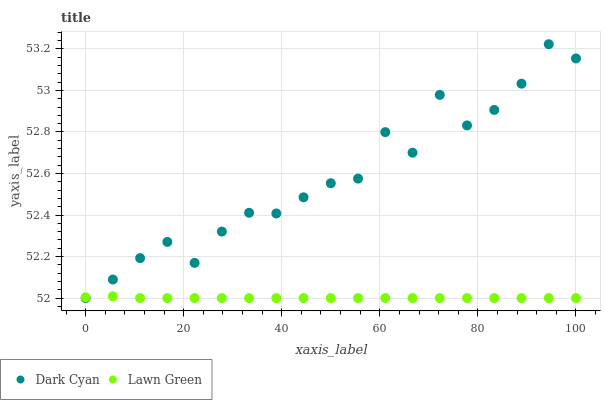
| xaxis_label | Dark Cyan | Lawn Green |
 | --- | --- | --- |
 | 0 | 52 | 52 |
 | 5.56 | 52.1 | 52 |
 | 11.1 | 52.2 | 52 |
 | 16.7 | 52.3 | 52 |
 | 22.2 | 52.2 | 52 |
 | 27.8 | 52.3 | 52 |
 | 33.3 | 52.4 | 52 |
 | 38.9 | 52.4 | 52 |
 | 44.4 | 52.5 | 52 |
 | 50 | 52.6 | 52 |
 | 55.6 | 52.6 | 52 |
 | 61.1 | 52.8 | 52 |
 | 66.7 | 52.7 | 52 |
 | 72.2 | 53 | 52 |
 | 77.8 | 52.8 | 52 |
 | 83.3 | 52.9 | 52 |
 | 88.9 | 53 | 52 |
 | 94.4 | 53.2 | 52 |
 | 100 | 53.2 | 52 |